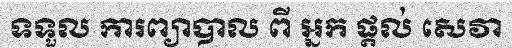
ទទួល ការព្យាបាល ពី អ្នក ផ្តល់ សេវា